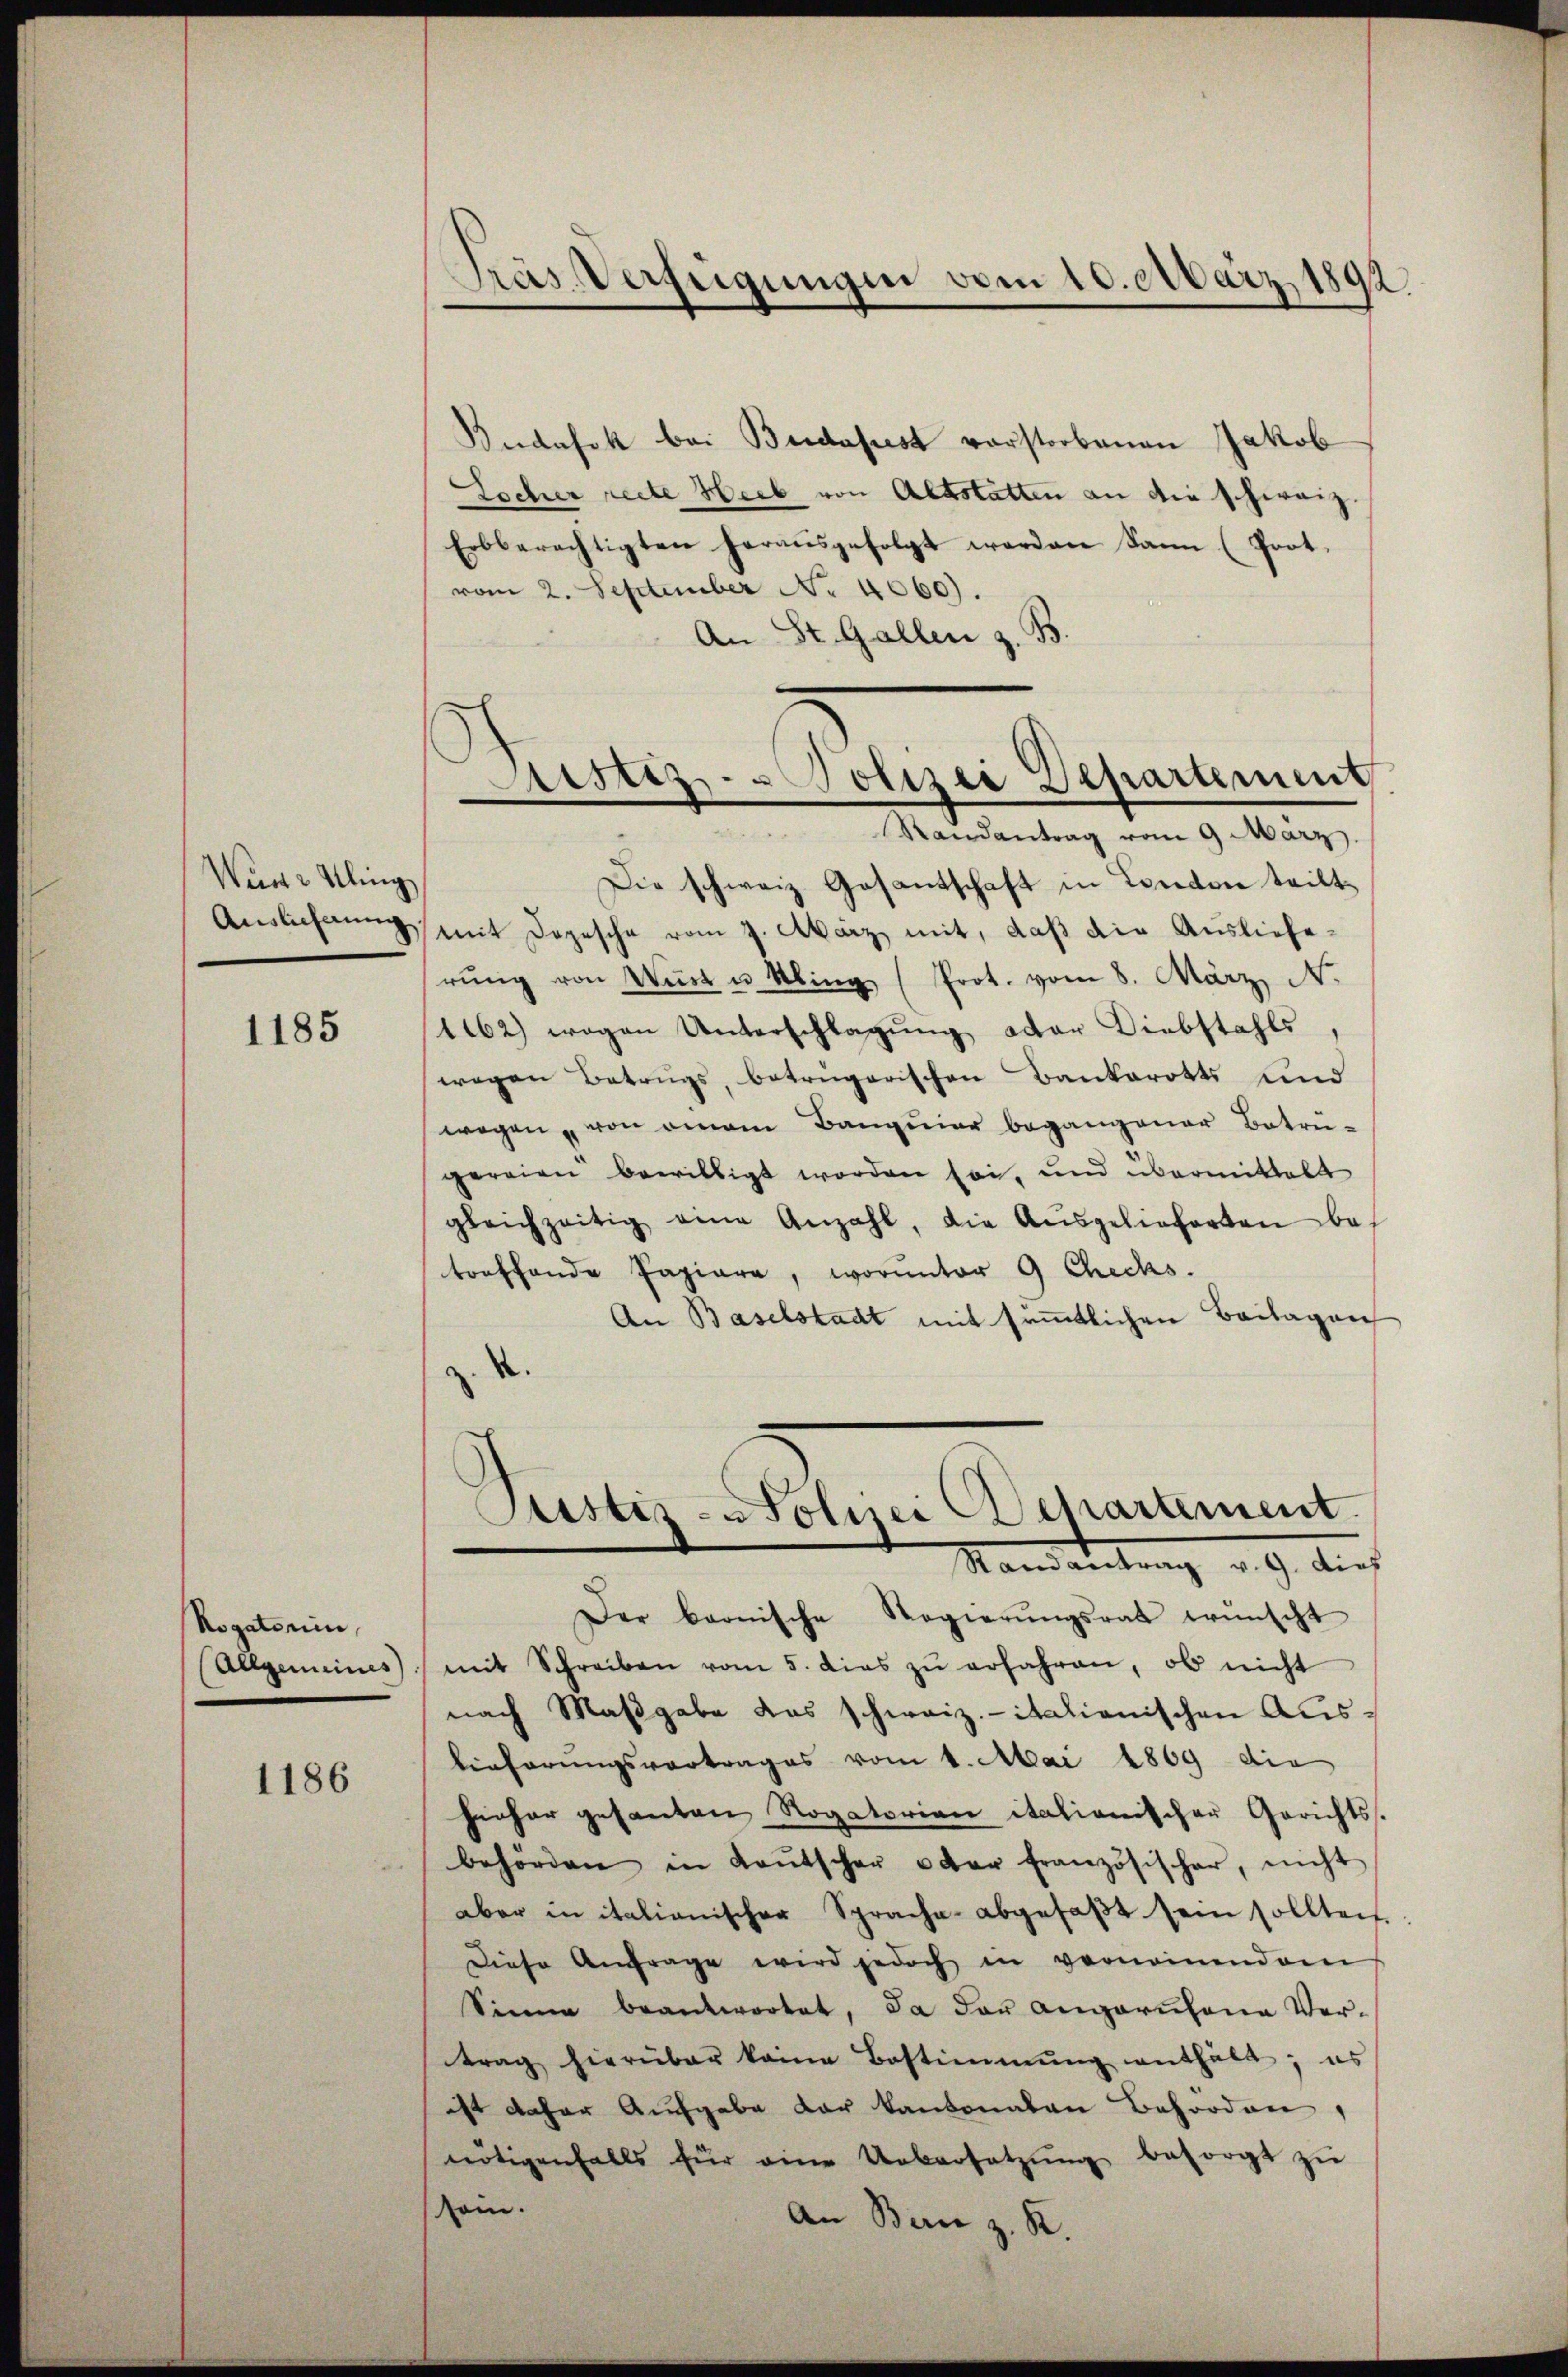
Wen 2 Kling

1185

Rogatorin,
Allgemeines)

1186

Pras Verfügungen vom 10. März 1892

Budafok bei Budapest vorstorbenen Jakob
Locher recte Heib von Altstatten an die schweiz.
Erbberechtigten heraŭsgefolgt werden kann (Prot.
vom 2. September No. 4060).
An St. Gallen z. B.

Astiz-Polizei Departement
Randantrag vom 9. März
Die schweiz. Gesantschaft in London teilt

Auslicherŭng mit Depesche vom 7. März, mit, daß die Auslieferŭng von Wüst u. Kling (Prot. vom 8. März N.
1162) wegen Unterschlagung oder Diebstahls,
wegen Betrugs, betrügerischen Bankerotts und
wegen von einem Banquier begangener Betrü-
gereien bewilligt worden sei, und übermittelt
gleichzeitig eine Anzahl, die Aŭsgelieferten be-
treffende Papiere, worunter 9 Checks.
An Baselstadt mit sämmtlichen Beilagen
.
.

Justiz-Polizei Departement.
Mandantung v. 9. dies

Der bernische Regierŭngsrat wünscht
mit Schreiben vom 5. dies zŭ erfahren, ob nicht
nach Maβgabe das schweiz. italienischen Ausbieferungsvortrages vom 1. Mai 1869 die
hieher gesanten Rogatorian itationischer Gerichts.
behörden in Kaŭtscher oder französischer, nicht
aber in italianischer Sprache abgefaβt sein sollten.
Diese Anfrage wird jedoch in vernomendem
Sinne beantwortet, da das angariana Vertrag hierüber keine Bestimmung enthält; es
ist daher Aufgabe dar kantonalen Behörden,
nötigenfalls für eine Uebersetzŭng besorgt zŭ
sein.
An Berie z. R.